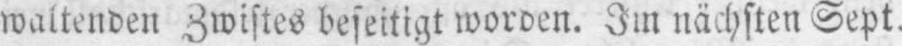
worden. Im nächsten Sept.